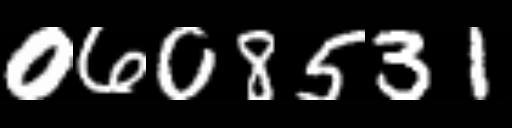
Text: 0608531